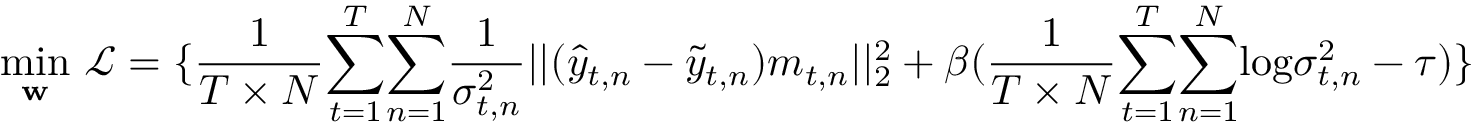
\underset { \mathbf { w } } { \mathop { \operatorname* { m i n } } } ~ \mathcal { L } = \{ \frac { 1 } { T \times N } { \sum _ { t = 1 } ^ { T } } { \sum _ { n = 1 } ^ { N } } \frac { 1 } { \sigma _ { t , n } ^ { 2 } } | | ( \hat { y } _ { t , n } - \tilde { y } _ { t , n } ) m _ { t , n } | | _ { 2 } ^ { 2 } + \beta ( \frac { 1 } { T \times N } { \sum _ { t = 1 } ^ { T } } { \sum _ { n = 1 } ^ { N } } \mathrm { l o g } \sigma _ { t , n } ^ { 2 } - \tau ) \}